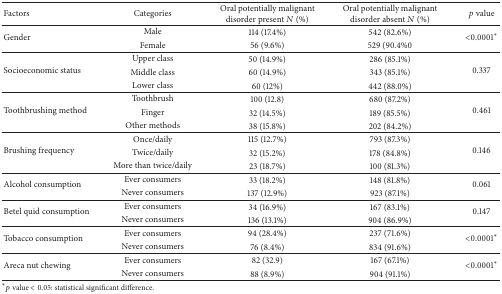
<table><thead><tr><td><b>Factors</b></td><td><b>Categories</b></td><td><b>Oral potentially malignant disorder present <i>N</i> (%)</b></td><td><b>Oral potentially malignant disorder absent <i>N</i> (%)</b></td><td><b><i>p</i> value</b></td></tr></thead><tbody><tr><td rowspan="2">Gender</td><td>Male</td><td>114 (17.4%)</td><td>542 (82.6%)</td><td rowspan="2">&lt;0.0001<sup><i>∗</i></sup></td></tr><tr><td>Female</td><td>56 (9.6%)</td><td>529 (90.4%0</td></tr><tr><td rowspan="3">Socioeconomic status</td><td>Upper class</td><td>50 (14.9%)</td><td>286 (85.1%)</td><td rowspan="3">0.337</td></tr><tr><td>Middle class</td><td>60 (14.9%)</td><td>343 (85.1%)</td></tr><tr><td>Lower class</td><td>60 (12%)</td><td>442 (88.0%)</td></tr><tr><td rowspan="3">Toothbrushing method</td><td>Toothbrush</td><td>100 (12.8)</td><td>680 (87.2%)</td><td rowspan="3">0.461</td></tr><tr><td>Finger</td><td>32 (14.5%)</td><td>189 (85.5%)</td></tr><tr><td>Other methods</td><td>38 (15.8%)</td><td>202 (84.2%)</td></tr><tr><td rowspan="3">Brushing frequency</td><td>Once/daily</td><td>115 (12.7%)</td><td>793 (87.3%)</td><td rowspan="3">0.146</td></tr><tr><td>Twice/daily</td><td>32 (15.2%)</td><td>178 (84.8%)</td></tr><tr><td>More than twice/daily</td><td>23 (18.7%)</td><td>100 (81.3%)</td></tr><tr><td rowspan="2">Alcohol consumption</td><td>Ever consumers</td><td>33 (18.2%)</td><td>148 (81.8%)</td><td rowspan="2">0.061</td></tr><tr><td>Never consumers</td><td>137 (12.9%)</td><td>923 (87.1%)</td></tr><tr><td rowspan="2">Betel quid consumption</td><td>Ever consumers</td><td>34 (16.9%)</td><td>167 (83.1%)</td><td rowspan="2">0.147</td></tr><tr><td>Never consumers</td><td>136 (13.1%)</td><td>904 (86.9%)</td></tr><tr><td rowspan="2">Tobacco consumption</td><td>Ever consumers</td><td>94 (28.4%)</td><td>237 (71.6%)</td><td rowspan="2">&lt;0.0001<sup><i>∗</i></sup></td></tr><tr><td>Never consumers</td><td>76 (8.4%)</td><td>834 (91.6%)</td></tr><tr><td rowspan="2">Areca nut chewing</td><td>Ever consumers</td><td>82 (32.9)</td><td>167 (67.1%)</td><td rowspan="2">&lt;0.0001<sup><i>∗</i></sup></td></tr><tr><td>Never consumers</td><td>88 (8.9%)</td><td>904 (91.1%)</td></tr></tbody></table>